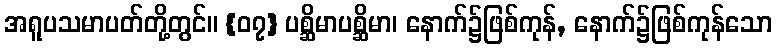
အရူပသမာပတ်တို့တွင်။ {၀၇} ပစ္ဆိမာပစ္ဆိမာ၊ နောက်၌ဖြစ်ကုန်, နောက်၌ဖြစ်ကုန်သော